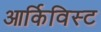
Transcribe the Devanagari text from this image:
आर्किविस्ट